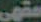
مقهى